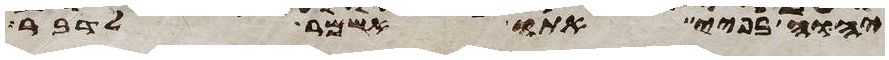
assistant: יהוה בפיי אתו אשמר לדבר